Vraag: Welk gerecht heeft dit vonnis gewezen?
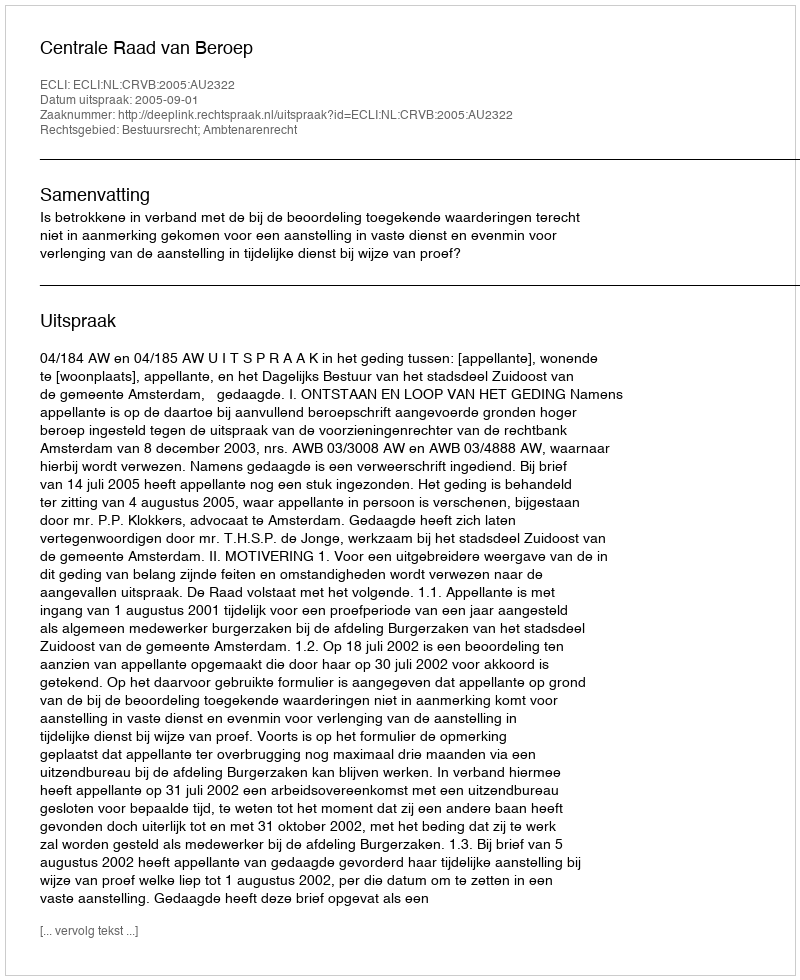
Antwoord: Centrale Raad van Beroep